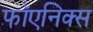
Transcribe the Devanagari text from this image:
फॉएनिक्स